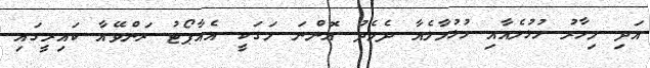
އަދި މިހާރު ހުޅުލެއާއި ހުޅުމާލެއާ ދެމެދު އޮންނަ މަގަކީ އެއާޕޯޓު ރަންވޭއާ ކައިރީގައި